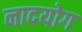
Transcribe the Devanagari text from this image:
नादयोग